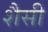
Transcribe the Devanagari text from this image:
शैसी